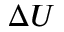
\Delta U